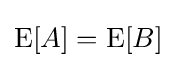
\operatorname {E} [A]=\operatorname {E} [B]